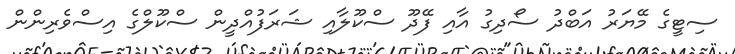
ސިޓީގެ މޭޔަރު އަބްދު ސޯދިގު އާއި ފޭދޫ ސްކޫލާއި ޝަރަފުއްދީން ސްކޫލްގެ އިސްވެރިންން